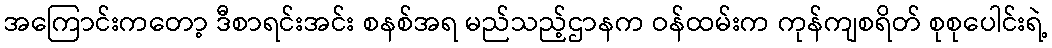
အကြောင်းကတော့ ဒီစာရင်းအင်း စနစ်အရ မည်သည့်ဌာနက ဝန်ထမ်းက ကုန်ကျစရိတ် စုစုပေါင်းရဲ့